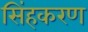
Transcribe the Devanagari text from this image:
सिंहकरण